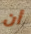
أن